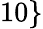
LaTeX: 10\}